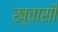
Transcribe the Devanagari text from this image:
ख़्वासी